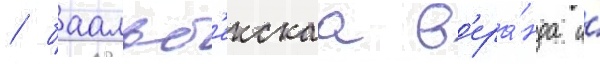
/ баальб'екскаа в'ера́нда и́